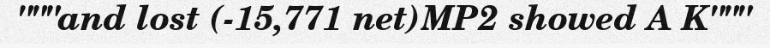
"""and lost (-15,771 net)MP2 showed A K"""